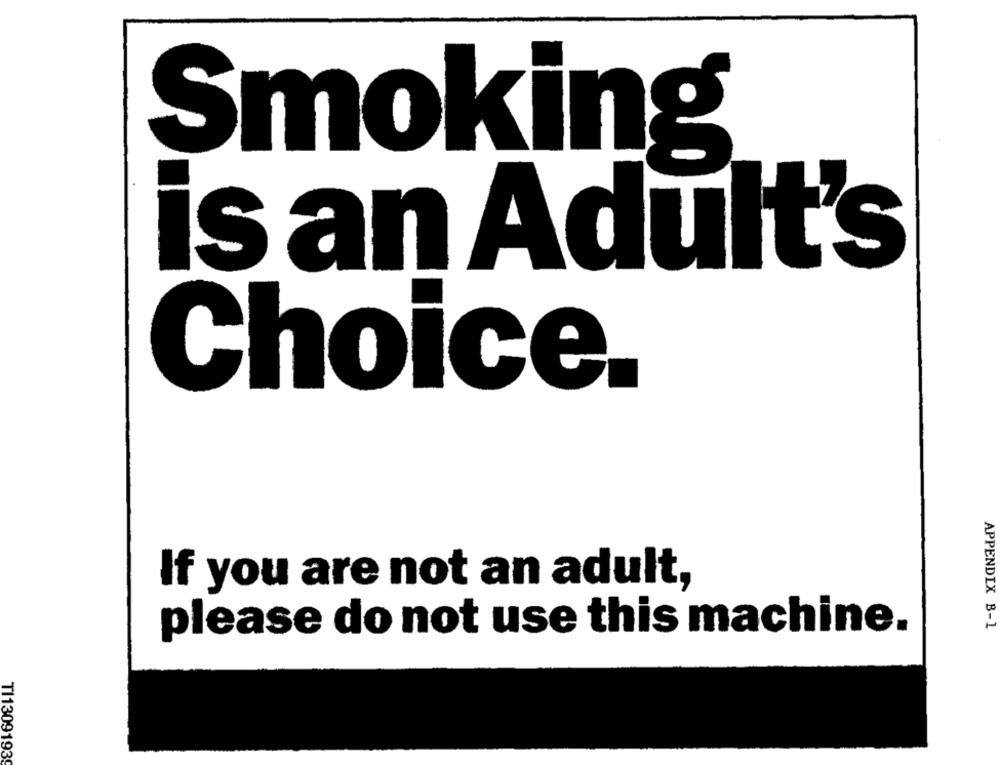
Smoking
is an Adult's
Choice.
If you are not an adult,
APPENDIX B-1
please do not use this machine.
TI13091939